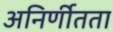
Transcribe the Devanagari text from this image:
अनिर्णीतता